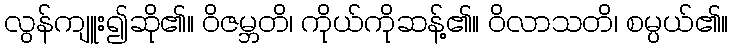
လွန်ကျူး၍ဆို၏။ ဝိဇမ္ဘတိ၊ ကိုယ်ကိုဆန့်၏။ ဝိလာသတိ၊ စမ္ပယ်၏။